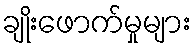
ချိုးဖောက်မှုများ